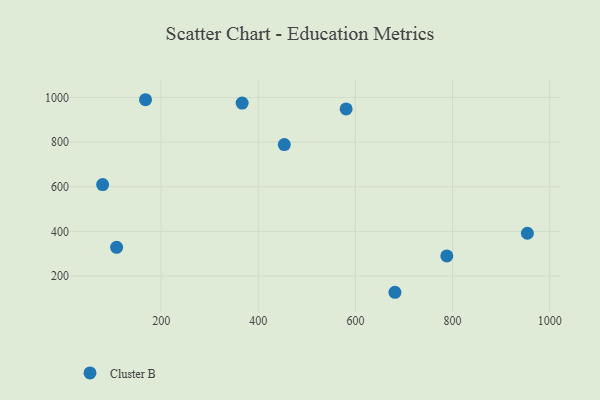
{"axis": {"x": "Price", "y": "Salary"}, "legend": ["Cluster B"], "data": [{"x": "366.8", "y": 974.8, "type": "Cluster B"}, {"x": "954.1", "y": 391.7, "type": "Cluster B"}, {"x": "79.5", "y": 609.7, "type": "Cluster B"}, {"x": "108.3", "y": 328.5, "type": "Cluster B"}, {"x": "580.9", "y": 948.7, "type": "Cluster B"}, {"x": "681.4", "y": 127.2, "type": "Cluster B"}, {"x": "167.8", "y": 989.7, "type": "Cluster B"}, {"x": "788.2", "y": 289.9, "type": "Cluster B"}, {"x": "453.6", "y": 788.8, "type": "Cluster B"}]}